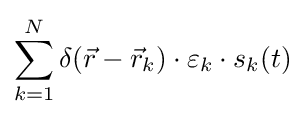
\sum _{k=1}^{N}\delta ({\vec {r}}-{\vec {r}}_{k})\cdot \varepsilon _{k}\cdot s_{k}(t)